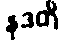
နုဒတိ